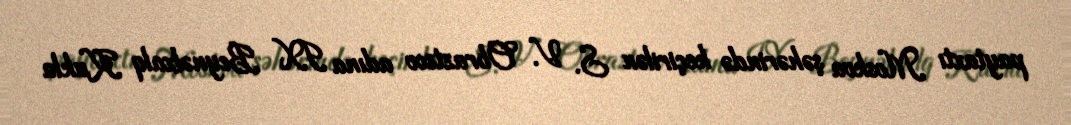
paytaxtı Moskva şəhərində keçirilən S. V. Obraztsov adına IX Beynəlxalq Kukla